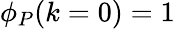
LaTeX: \phi_{P}(k=0)=1